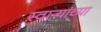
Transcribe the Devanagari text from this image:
स्वाऱ्यांच्या